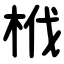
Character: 栰